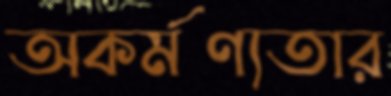
অকর্মণ্যতার